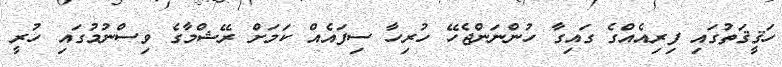
ހަޤީޤަތުގައި ފިރިއެއްގެ ގައިގާ ހުންނަންޖެހޭ ހުރިހާ ސިފައެއް ކަމަށް ރޭޝްމާގެ ވިސްނުމުގައި ހުރީ